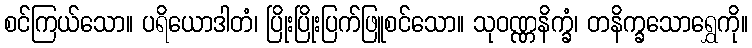
စင်ကြယ်သော။ ပရိယောဒါတံ၊ ပြိုးပြိုးပြက်ဖြူစင်သော။ သုဝဏ္ဏနိက္ခံ၊ တနိက္ခသောရွှေကို။